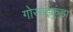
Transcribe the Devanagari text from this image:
गोसाईकुंडा